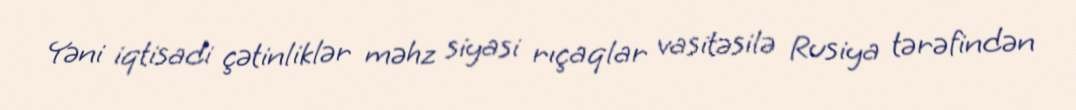
Yəni iqtisadi çətinliklər məhz siyasi rıçaqlar vasitəsilə Rusiya tərəfindən